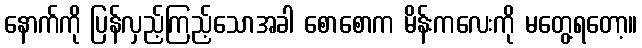
နောက်ကို ပြန်လှည့်ကြည့်သောအခါ စောစောက မိန်းကလေးကို မတွေ့ရတော့။